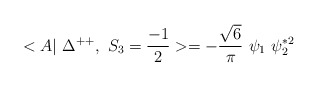
\begin{align*}<A|~\Delta^{++},~ S_3=\frac{-1}{2} >= -\frac{\sqrt{6}}{\pi} ~\psi_1 ~ \psi_2^{*2}\end{align*}